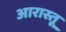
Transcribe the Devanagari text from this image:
आरास्तू